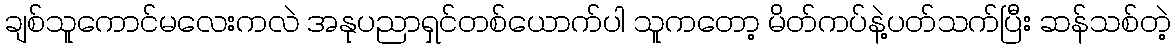
ချစ်သူကောင်မလေးကလဲ အနုပညာရှင်တစ်ယောက်ပါ သူကတော့ မိတ်ကပ်နဲ့ပတ်သက်ပြီး ဆန်သစ်တဲ့